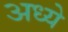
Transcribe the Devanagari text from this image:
अध्ये